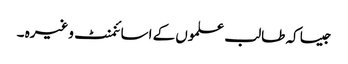
جیسا کہ طالب علموں کے اسائنمنٹ وغیرہ ۔